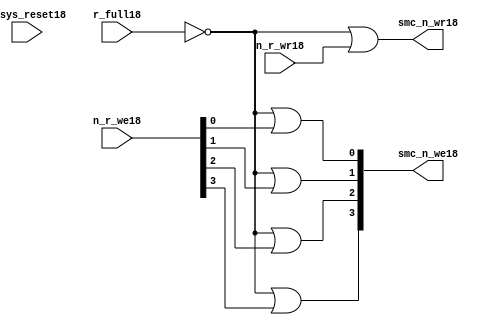
module smc_wr_enable_lite18 (

                      //inputs18                      

                      n_sys_reset18,
                      r_full18,
                      n_r_we18,
                      n_r_wr18,

                      //outputs18

                      smc_n_we18,
                      smc_n_wr18);

//I18/O18
   
   input             n_sys_reset18;   //system reset
   input             r_full18;    // Full cycle write strobe18
   input [3:0]       n_r_we18;    //write enable from smc_strobe18
   input             n_r_wr18;    //write strobe18 from smc_strobe18
   output [3:0]      smc_n_we18;  // write enable (active low18)
   output            smc_n_wr18;  // write strobe18 (active low18)
   
   
//output reg declaration18.
   
   reg [3:0]          smc_n_we18;
   reg                smc_n_wr18;

//----------------------------------------------------------------------
// negedge strobes18 with clock18.
//----------------------------------------------------------------------
      

//----------------------------------------------------------------------
      
//--------------------------------------------------------------------
// Gate18 Write strobes18 with clock18.
//--------------------------------------------------------------------

  always @(r_full18 or n_r_we18)
  
  begin
  
     smc_n_we18[0] = ((~r_full18  ) | n_r_we18[0] );

     smc_n_we18[1] = ((~r_full18  ) | n_r_we18[1] );

     smc_n_we18[2] = ((~r_full18  ) | n_r_we18[2] );

     smc_n_we18[3] = ((~r_full18  ) | n_r_we18[3] );

  
  end

//--------------------------------------------------------------------   
//write strobe18 generation18
//--------------------------------------------------------------------   

  always @(n_r_wr18 or r_full18 )
  
     begin
  
        smc_n_wr18 = ((~r_full18 ) | n_r_wr18 );
       
     end

endmodule